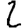
Digit: 2